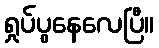
ရှုပ်ပွနေလေပြီ။